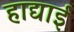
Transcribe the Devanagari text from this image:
हाद्याई